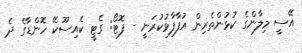
އޭސީ މިލާންގެ ކުޅުންތެރިން އުފާފާޅުކުރަނީ - ފޮޓޯ: ގެޓީ ކެއިސޫކޭ ހޮންޑާގެ ދެ